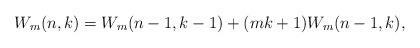
LaTeX: \begin{align*}W_m(n,k) = W_m(n-1,k-1)+(mk+1)W_m(n -1,k),\end{align*}